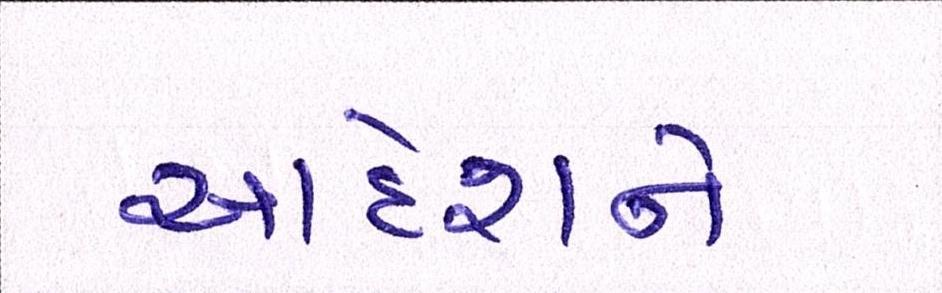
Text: આદેશને